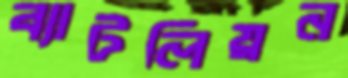
ব্যাটলিয়ন